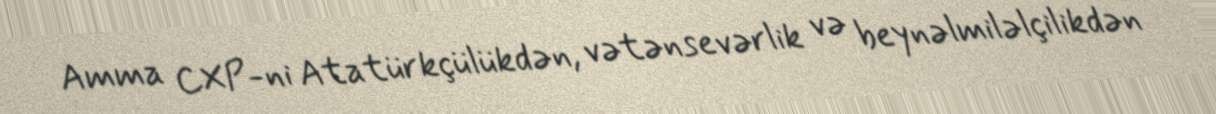
Amma CXP-ni Atatürkçülükdən, vətənsevərlik və beynəlmiləlçilikdən